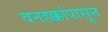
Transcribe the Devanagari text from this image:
वनहक्कांपासून